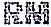
RM